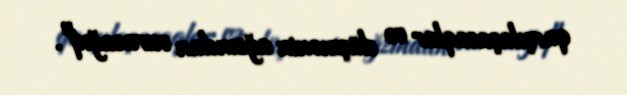
qarşılaşacaqlar və düşmənin ağzından vuracağıq".